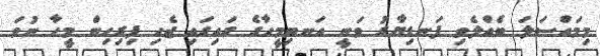
މިމައްސަލަ ބެއްލެވި ފަނޑިޔާރު ވަނީ އަނބިމީހާގެ ގައިގައި ޖެހި ފިރިހިން މީހާ ނުވަ